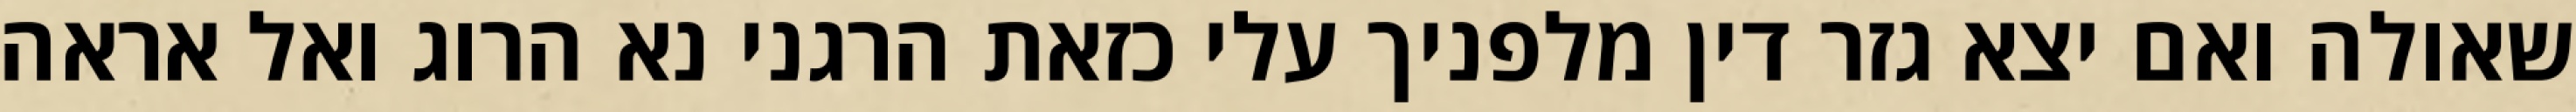
שאולה ואם יצא גזר דין מלפניך עלי כזאת הרגני נא הרוג ואל אראה